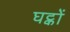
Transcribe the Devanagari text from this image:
घट्कों